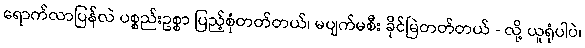
ရောက်လာပြန်လဲ ပစ္စည်းဥစ္စာ ပြည့်စုံတတ်တယ်၊ မပျက်မစီး ခိုင်မြဲတတ်တယ် - လို့ ယူရုံပါပဲ၊